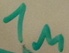
Text: 1µ